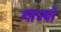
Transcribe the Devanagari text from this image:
गाज्यो